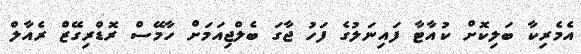
އެމެރިކާ ބަލިކޮށް ކުއާޓާ ފައިނަލުގެ ފަހު ޖާގަ ބެލްޖިއަމަށް ހާމޭސް ރޮޑްރިގޭޒް ރެއާލް